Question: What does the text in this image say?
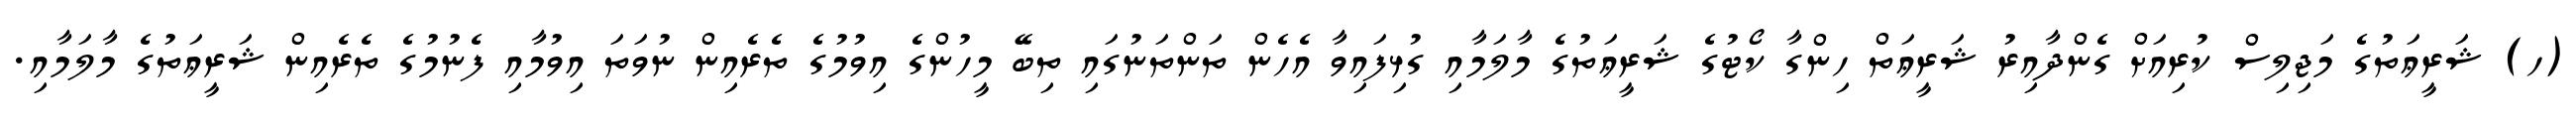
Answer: (ހ) ޝަރީޢަތުގެ މަޖިލިސް ކުރިއަށް ގެންދާއިރު ޝަރީޢަތް ހިންގާ ކޯޓުގެ ޝަރީޢަތުގެ މާލަމާއި ގުޅިފައިވާ އެހެން ތަންތަނުގައި ތިބޭ މީހުންގެ އިވުމުގެ ތެރެއިން ނުވަތަ އިވުމާއި ފެނުމުގެ ތެރެއިން ޝަރީޢަތުގެ މާލަމާއި.